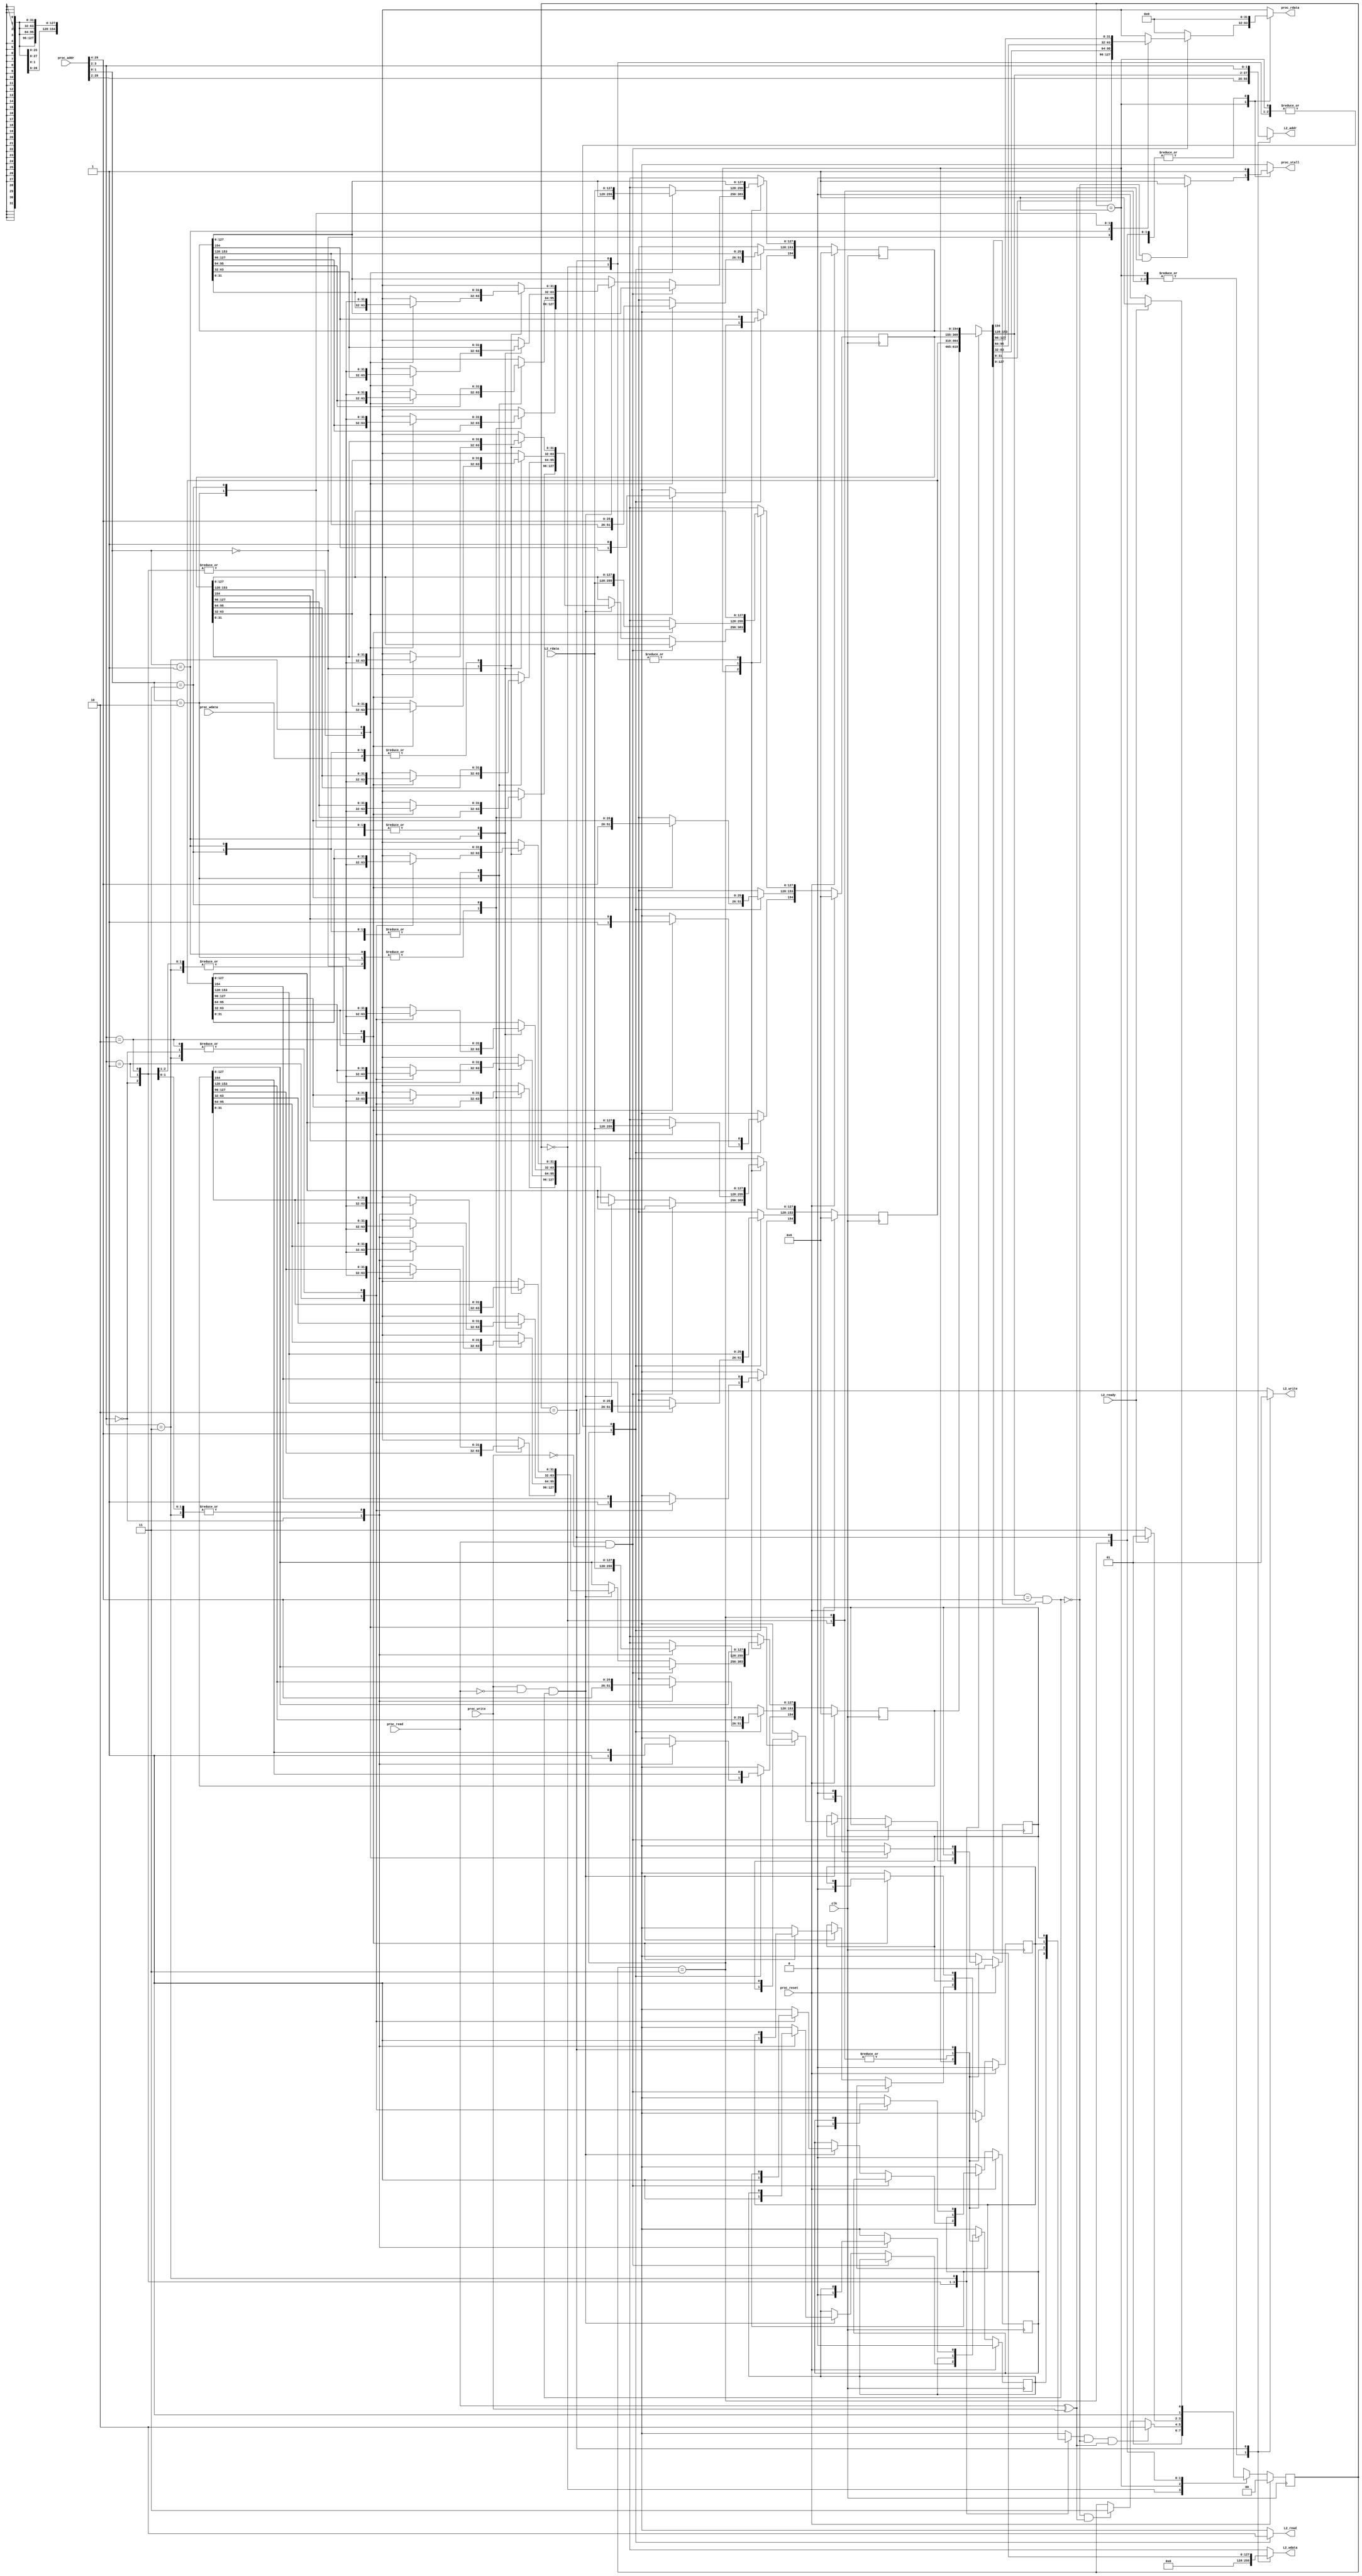
module cache(
        input             clk,
        input             proc_reset,
        // processor interface
        input             proc_read, 
        input             proc_write,
        input      [29:0] proc_addr, // 30 bits due to word-offset
        input      [31:0] proc_wdata,
        output reg        proc_stall,
        output reg [31:0] proc_rdata,
        // L2 interface
        input              L2_ready,
        input      [127:0] L2_rdata, // 4 words (128 bits)
        output reg         L2_read, 
        output reg         L2_write,
        output reg  [27:0] L2_addr, // 28 bits since read 4 words once
        output reg [127:0] L2_wdata
);
// procedure addr
parameter ADDRTAGBEG  = 29, // 26 tags
          ADDRTAGEND  = 4, 
          BLOCKIDXBEG = 3,  // 4 blocks (2 bits)
          BLOCKIDXEND = 2,
          WORDIDXBEG  = 1,  // 4 words (2 bit)
          WORDIDXEND  = 0;
              
// L1 Cache (155 bits) = 1 valid + 26 tag + 4 words data (128 bits)
// TAG: 25 bits (30 bits proc_addr - 2 bits block offset - 3 bits index)
parameter BLOCKSIZE = 155,
          BLOCKNUM = 4,
          VALIDBIT = 154,
          TAGBEG   = 153,
          TAGEND   = 128,
          DATA3BEG = 127,
          DATA3END = 96,
          DATA2BEG = 95,
          DATA2END = 64,
          DATA1BEG = 63,
          DATA1END = 32,
          DATA0BEG = 31,
          DATA0END = 0; 

reg [BLOCKSIZE-1:0] cache [0:BLOCKNUM-1];
reg [BLOCKSIZE-1:0] cache_nxt [0:BLOCKNUM-1];
reg                 dirtyBlock [0:BLOCKNUM-1];
reg                 dirtyBlock_nxt [0:BLOCKNUM-1];
wire                 isBlockHit;
wire                isBlockDirty;

// state name
parameter [1:0] IDLE   = 2'b00,
                CMPTAG = 2'b01,
                RDMEM  = 2'b11,
                WRTMEM = 2'b10;
reg [1:0]       state, state_nxt;

integer i;

// assignments of wires
assign isBlockDirty = dirtyBlock [proc_addr[BLOCKIDXBEG:BLOCKIDXEND]];
assign isBlockHit = (cache[proc_addr[BLOCKIDXBEG:BLOCKIDXEND]][TAGBEG:TAGEND] == proc_addr[ADDRTAGBEG:ADDRTAGEND]) &
                    cache[proc_addr[BLOCKIDXBEG:BLOCKIDXEND]][VALIDBIT];

// FSM
always@ (*) begin
    state_nxt = state;
    case (state)
        IDLE  : state_nxt = CMPTAG;
        CMPTAG: begin
            if (isBlockDirty & ~isBlockHit & (proc_read ^ proc_write)) state_nxt = WRTMEM;
            else if (~isBlockHit & (proc_read ^ proc_write)) state_nxt = RDMEM; 
        end
        RDMEM  : state_nxt = L2_ready ? CMPTAG: RDMEM; 
        WRTMEM : state_nxt = L2_ready ? RDMEM : WRTMEM;
    endcase
end

// combinational output
always@ (*) begin
    proc_stall = 1'b0;
    proc_rdata = 32'b0;
    L2_read    = 1'b0;
    L2_write   = 1'b0;
    L2_addr    = proc_addr [ADDRTAGBEG:BLOCKIDXEND];
    L2_wdata   = 128'b0;
    for (i = 0; i <= BLOCKNUM-1; i = i + 1) begin
        cache_nxt [i] = cache [i];
        dirtyBlock_nxt [i] = dirtyBlock [i];
    end
    case (state)
        IDLE: proc_stall = 1'b1;
        CMPTAG: begin
            if (~isBlockHit && (proc_read ^ proc_write)) proc_stall = 1'b1;
            if (proc_read && ~proc_write) begin // read
                case (proc_addr [1:0])
                    2'b00: proc_rdata = cache [proc_addr [BLOCKIDXBEG:BLOCKIDXEND]][DATA0BEG:DATA0END];
                    2'b01: proc_rdata = cache [proc_addr [BLOCKIDXBEG:BLOCKIDXEND]][DATA1BEG:DATA1END];
                    2'b10: proc_rdata = cache [proc_addr [BLOCKIDXBEG:BLOCKIDXEND]][DATA2BEG:DATA2END];
                    2'b11: proc_rdata = cache [proc_addr [BLOCKIDXBEG:BLOCKIDXEND]][DATA3BEG:DATA3END];
                endcase
            end
            else if (proc_write & ~proc_read & isBlockHit) begin // write if the block clean and hit
                dirtyBlock_nxt [proc_addr [BLOCKIDXBEG:BLOCKIDXEND]] = 1'b1;
                case (proc_addr [1:0])
                    2'b00: cache_nxt [proc_addr[BLOCKIDXBEG:BLOCKIDXEND]][DATA0BEG:DATA0END] = proc_wdata;
                    2'b01: cache_nxt [proc_addr[BLOCKIDXBEG:BLOCKIDXEND]][DATA1BEG:DATA1END] = proc_wdata;
                    2'b10: cache_nxt [proc_addr[BLOCKIDXBEG:BLOCKIDXEND]][DATA2BEG:DATA2END] = proc_wdata;
                    2'b11: cache_nxt [proc_addr[BLOCKIDXBEG:BLOCKIDXEND]][DATA3BEG:DATA3END] = proc_wdata;
                endcase
            end
        end
        RDMEM  : begin
            proc_stall = 1'b1;
            L2_read  = 1'b1;
            cache_nxt [proc_addr [BLOCKIDXBEG:BLOCKIDXEND]][DATA3BEG:DATA0END] = L2_rdata; // set data
            cache_nxt [proc_addr [BLOCKIDXBEG:BLOCKIDXEND]][TAGBEG:TAGEND] = proc_addr [ADDRTAGBEG:ADDRTAGEND]; // set tag
            cache_nxt [proc_addr [BLOCKIDXBEG:BLOCKIDXEND]][VALIDBIT] = 1'b1; // set valid
        end
        WRTMEM : begin
            proc_stall = 1'b1;
            dirtyBlock_nxt [proc_addr [BLOCKIDXBEG:BLOCKIDXEND]] = 1'b0;
            L2_write = 1'b1;
            L2_wdata = cache [proc_addr [BLOCKIDXBEG:BLOCKIDXEND]][DATA3BEG:DATA0END];
            L2_addr  = {cache [proc_addr [BLOCKIDXBEG:BLOCKIDXEND]][TAGBEG:TAGEND], proc_addr [BLOCKIDXBEG:BLOCKIDXEND]};
        end

    endcase
end 

//==== sequential circuit =================================
always@( posedge clk ) begin
    if( proc_reset ) begin
        state <= IDLE;
        for (i = 0; i <= BLOCKNUM-1; i = i + 1) begin
            cache [i] <= {BLOCKSIZE{1'b0}};
            dirtyBlock [i] <= 1'b0;
        end
    end
    else begin
        state <= state_nxt;
        for (i = 0; i <= BLOCKNUM-1; i = i + 1) begin
            cache [i] <= cache_nxt [i];
            dirtyBlock [i] <= dirtyBlock_nxt [i];
        end
    end
end
endmodule

// I cache: 16 blocks * 4 wrods
module L2_Icache (
        input clk,
        input proc_reset,
        // L1 I_interface. addr: 28 bits, data: 128 bits
        input              L2_read, 
        input              L2_write,
        input       [27:0] L2_addr,
        input      [127:0] L2_wdata,
        output reg [127:0] L2_rdata,
        output reg         L2_ready,
        // memory interface. addr: 28 bits, data: 128 bits
        input      [127:0] mem_rdata,
        input              mem_ready,
        output reg         mem_read, 
        output reg         mem_write,
        output reg  [27:0] mem_addr,
        output reg [127:0] mem_wdata
    );

    // L1 -> L2 addr
    parameter ADDRTAGBEG  = 27,
              ADDRTAGEND  = 4, // 24-bit tag
              BLOCKIDXBEG = 3, // 16 bloacks (4 bits)
              BLOCKIDXEND = 0;
              

    // L2 Cache (153 bits) = 1 valid + 24 tag + 4 words data (128 bits)
    parameter BLOCKSIZE = 153,
              BLOCKNUM  = 16,
              VALIDBIT  = 152,
              TAGBEG    = 151,
              TAGEND    = 128,
              DATASTART = 127,
              DATAEND   = 0; 

    reg [BLOCKSIZE-1:0] cache [0:BLOCKNUM-1];
    reg [BLOCKSIZE-1:0] cache_nxt [0:BLOCKNUM-1];
    reg                 dirtyBlock [0:BLOCKNUM-1];
    reg                 dirtyBlock_nxt [0:BLOCKNUM-1];
    wire                isBlockHit;
    wire                isBlockDirty;

    // state name
    parameter [1:0] IDLE   = 2'b00,
                    CMPTAG = 2'b01,
                    RDMEM  = 2'b11,
                    WRTMEM = 2'b10;
    reg [1:0]       state, state_nxt;

    integer i;

    // assignments of wires
    assign isBlockDirty = dirtyBlock[L2_addr[BLOCKIDXBEG:BLOCKIDXEND]];
    assign isBlockHit = (cache[L2_addr[BLOCKIDXBEG:BLOCKIDXEND]][TAGBEG:TAGEND] == L2_addr[ADDRTAGBEG:ADDRTAGEND]) &
                        cache[L2_addr[BLOCKIDXBEG:BLOCKIDXEND]][VALIDBIT];

    // FSM
    always@ (*) begin
        state_nxt = state;
        case (state)
                IDLE  : state_nxt = CMPTAG;
                CMPTAG: begin
                    if (isBlockDirty & ~isBlockHit & (L2_read ^ L2_write)) state_nxt = WRTMEM;
                    else if (~isBlockHit & (L2_read ^ L2_write)) state_nxt = RDMEM; 
                end
                RDMEM  : state_nxt = mem_ready ? CMPTAG: RDMEM; 
                WRTMEM : state_nxt = mem_ready ? RDMEM : WRTMEM;
        endcase
    end

    // combinational output
    always@ (*) begin
        // isBlockHit = 1'b0;
        L2_rdata = 128'b0;
        L2_ready = 1'b0;
        mem_read = 1'b0;
        mem_write = 1'b0;
        mem_addr = L2_addr; // all addr copied
        mem_wdata = 128'b0;
        for (i = 0; i <= BLOCKNUM-1; i = i + 1) begin
            cache_nxt [i] = cache [i];
            dirtyBlock_nxt [i] = dirtyBlock [i];
        end

        case (state)
            CMPTAG: begin
                
                if (L2_read & ~L2_write & isBlockHit) begin // read
                    L2_rdata = cache [L2_addr [BLOCKIDXBEG:BLOCKIDXEND]][DATASTART:DATAEND];
                    L2_ready = 1'b1;
                end
                else if (L2_write & ~L2_read & isBlockHit) begin // write if the block hit
                    dirtyBlock_nxt [L2_addr[BLOCKIDXBEG:BLOCKIDXEND]] = 1'b1;
                    cache_nxt [L2_addr[BLOCKIDXBEG:BLOCKIDXEND]][DATASTART:DATAEND] = L2_wdata;
                    L2_ready = 1'b1;
                end
            end
            RDMEM  : begin
                mem_read  = 1'b1;
                cache_nxt [L2_addr[BLOCKIDXBEG:BLOCKIDXEND]][DATASTART:DATAEND] = mem_rdata; // set data
                cache_nxt [L2_addr[BLOCKIDXBEG:BLOCKIDXEND]][TAGBEG:TAGEND] = L2_addr [ADDRTAGBEG:ADDRTAGEND]; // set tag
                cache_nxt [L2_addr[BLOCKIDXBEG:BLOCKIDXEND]][VALIDBIT] = 1'b1; // set valid
            end
            WRTMEM : begin
                dirtyBlock_nxt [L2_addr [BLOCKIDXBEG:BLOCKIDXEND]] = 1'b0;
                mem_write = 1'b1;
                mem_wdata = cache [L2_addr [BLOCKIDXBEG:BLOCKIDXEND]][DATASTART:DATAEND];
                mem_addr  = {cache [L2_addr [BLOCKIDXBEG:BLOCKIDXEND]][TAGBEG:TAGEND], L2_addr [BLOCKIDXBEG:BLOCKIDXEND]};
            end
        endcase
    end

    //==== sequential circuit =================================
    always@( posedge clk ) begin
        if( proc_reset ) begin
            state <= IDLE;
            for (i = 0; i <= BLOCKNUM-1; i = i + 1) begin
                cache [i] <= {BLOCKSIZE{1'b0}};
                dirtyBlock [i] <= 1'b0;
            end
        end
        else begin
            state <= state_nxt;
            for (i = 0; i <= BLOCKNUM-1; i = i + 1) begin
                cache [i] <= cache_nxt [i];
                dirtyBlock [i] <= dirtyBlock_nxt [i];
            end
        end
    end
endmodule

// D cache: 48 blocks * 4 words each
module L2_Dcache (
        input clk,
        input proc_reset,
        // L1 I_interface. addr: 28 bits, data: 128 bits
        input              L2_read, 
        input              L2_write,
        input       [27:0] L2_addr,
        input      [127:0] L2_wdata,
        output reg [127:0] L2_rdata,
        output reg         L2_ready,
        // memory interface. addr: 28 bits, data: 128 bits
        input      [127:0] mem_rdata,
        input              mem_ready,
        output reg         mem_read, 
        output reg         mem_write,
        output reg  [27:0] mem_addr,
        output reg [127:0] mem_wdata
    );

    // L1 -> L2 addr
    parameter ADDRTAGBIT  = 22,
              ADDRTAGBEG  = 27,
              ADDRTAGEND  = 6, // 22-bit proc tag
              BLOCKIDXBEG = 5, // 48 bloacks (6 bits)
              BLOCKIDXEND = 0;
              

    // L2 Cache (152 bits) = 1 valid + 23 tag + 4 words data (128 bits)
    parameter BLOCKSIZE = 152,
              BLOCKNUM  = 48,
              BLOCKBIT  = 6,
              TAGBIT    = 23,
              VALIDBIT  = 151,
              TAGBEG    = 150,
              TAGEND    = 128,
              DATASTART = 127,
              DATAEND   = 0; 

    reg [BLOCKSIZE-1:0] cache [0:BLOCKNUM-1];
    reg [BLOCKSIZE-1:0] cache_nxt [0:BLOCKNUM-1];
    reg                 dirtyBlock [0:BLOCKNUM-1];
    reg                 dirtyBlock_nxt [0:BLOCKNUM-1];
    wire                isBlockHit;
    wire                isBlockDirty;

    wire   [BLOCKBIT-1:0] block_index;
    wire                  block_tag;
    wire [ADDRTAGBIT-1:0] proc_tag;
    wire     [TAGBIT-1:0] cache_tag;

    // state name
    parameter [1:0] IDLE   = 2'b00,
                    CMPTAG = 2'b01,
                    RDMEM  = 2'b11,
                    WRTMEM = 2'b10;
    reg [1:0]       state, state_nxt;

    integer i;

    assign {block_tag, block_index} = L2_addr [BLOCKIDXBEG:BLOCKIDXEND] >= 6'd48 ? 
                                      {1'b1, L2_addr [BLOCKIDXBEG:BLOCKIDXEND] - 6'd48} :
                                      {1'b0, L2_addr [BLOCKIDXBEG:BLOCKIDXEND]};
    assign proc_tag  = L2_addr [ADDRTAGBEG:ADDRTAGEND];
    assign cache_tag = {proc_tag, block_tag};

    // assignments of wires
    assign isBlockDirty = dirtyBlock [block_index];
    assign isBlockHit = (cache [block_index][TAGBEG:TAGEND] == cache_tag) & cache [block_index][VALIDBIT];

    // FSM
    always@ (*) begin
        state_nxt = state;
        case (state)
                IDLE  : state_nxt = CMPTAG;
                CMPTAG: begin
                    if (isBlockDirty & ~isBlockHit & (L2_read ^ L2_write)) state_nxt = WRTMEM;
                    else if (~isBlockHit & (L2_read ^ L2_write)) state_nxt = RDMEM; 
                end
                RDMEM  : state_nxt = mem_ready ? CMPTAG: RDMEM; 
                WRTMEM : state_nxt = mem_ready ? RDMEM : WRTMEM;
        endcase
    end

    // combinational output
    always@ (*) begin
        // isBlockHit = 1'b0;
        L2_rdata = 128'b0;
        L2_ready = 1'b0;
        mem_read = 1'b0;
        mem_write = 1'b0;
        mem_addr = L2_addr; // all addr copied
        mem_wdata = 128'b0;
        for (i = 0; i <= BLOCKNUM-1; i = i + 1) begin
            cache_nxt [i] = cache [i];
            dirtyBlock_nxt [i] = dirtyBlock [i];
        end

        case (state)
            CMPTAG: begin
                
                if (L2_read & ~L2_write & isBlockHit) begin // read
                    L2_rdata = cache [block_index][DATASTART:DATAEND];
                    L2_ready = 1'b1;
                end
                else if (L2_write & ~L2_read & isBlockHit) begin // write if the block hit
                    dirtyBlock_nxt [block_index] = 1'b1;
                    cache_nxt [block_index][DATASTART:DATAEND] = L2_wdata;
                    L2_ready = 1'b1;
                end
            end
            RDMEM  : begin
                mem_read  = 1'b1;
                cache_nxt [block_index][DATASTART:DATAEND] = mem_rdata; // set data
                cache_nxt [block_index][TAGBEG:TAGEND] = cache_tag; // set tag
                cache_nxt [block_index][VALIDBIT] = 1'b1; // set valid
            end
            WRTMEM : begin
                dirtyBlock_nxt [block_index] = 1'b0;
                mem_write = 1'b1;
                mem_wdata = cache [block_index][DATASTART:DATAEND];
                mem_addr  = {cache [block_index][TAGBEG:TAGEND], block_index};
            end
        endcase
    end

    //==== sequential circuit =================================
    always@( posedge clk ) begin
        if( proc_reset ) begin
            state <= IDLE;
            for (i = 0; i <= BLOCKNUM-1; i = i + 1) begin
                cache [i] <= {BLOCKSIZE{1'b0}};
                dirtyBlock [i] <= 1'b0;
            end
        end
        else begin
            state <= state_nxt;
            for (i = 0; i <= BLOCKNUM-1; i = i + 1) begin
                cache [i] <= cache_nxt [i];
                dirtyBlock [i] <= dirtyBlock_nxt [i];
            end
        end
    end
endmodule